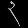
Digit: ၃